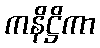
ကနိဋ္ဌိကာ